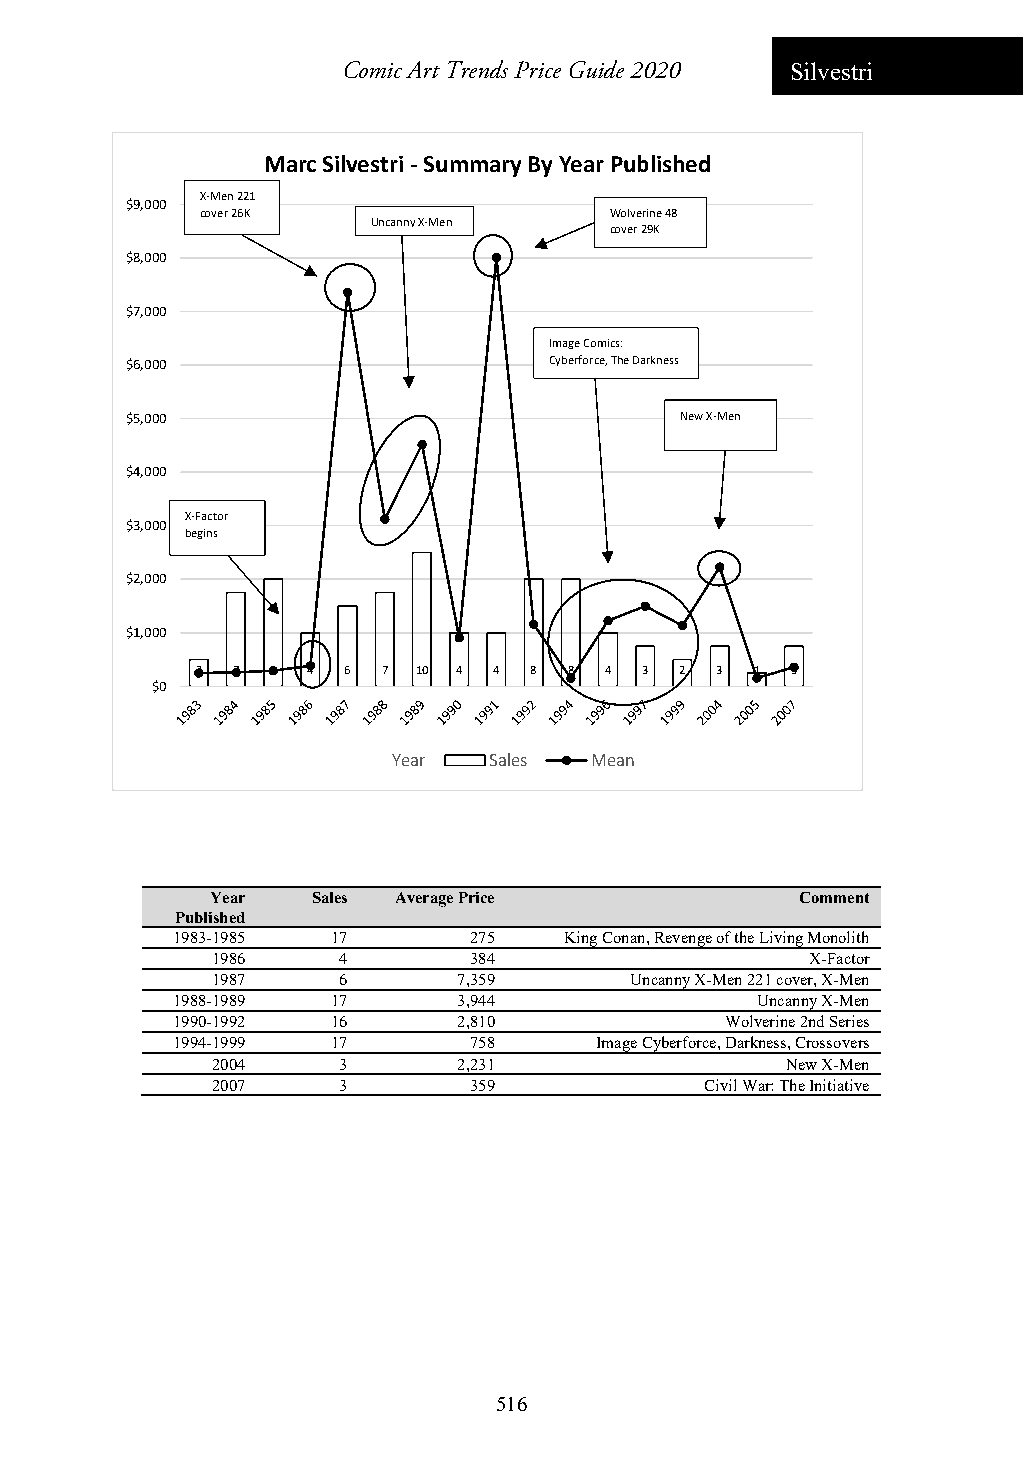
Comic Art Trends Price Guide 2020 Silvestri
 Marc Silvestri ‐Summary By Year Published
 X‐Men 221
 $9,000
 cover 26K                  Wolverine 48
 Uncanny X‐Men
 cover 29K
 $8,000
 $7,000
 Image Comics:
 $6,000                      Cyberforce, The Darkness
 $5,000                               New X‐Men
 $4,000
 X‐Factor
 $3,000
 begins
 $2,000
 $1,000
 2 7  8 4  6 7  10 4 4 8  8 4 3  2 3  1 3
 $0
 Year  Sales  Mean
 Year   Sales Average Price             Comment
 Published
 1983-1985  17       275   King Conan, Revenge of the Living Monolith
 1986    4        384                    X-Factor
 1987    6       7,359       Uncanny X-Men 221 cover, X-Men
 1988-1989  17      3,944               Uncanny X-Men
 1990-1992  16      2,810             Wolverine 2nd Series
 1994-1999  17       758     Image Cyberforce, Darkness, Crossovers
 2004    3       2,231                 New X-Men
 2007    3        359             Civil War: The Initiative
 516